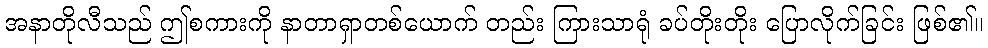
အနာတိုလီသည် ဤစကားကို နာတာရှာတစ်ယောက် တည်း ကြားသာရုံ ခပ်တိုးတိုး ပြောလိုက်ခြင်း ဖြစ်၏။